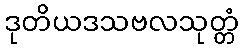
ဒုတိယဒသဗလသုတ္တံ